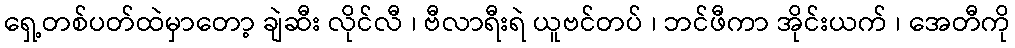
ရှေ့တစ်ပတ်ထဲမှာတော့ ချဲဆီး လိုင်လီ ၊ ဗီလာရီးရဲ ယူဗင်တပ် ၊ ဘင်ဖီကာ အိုင်းယက် ၊ အေတီကို